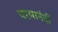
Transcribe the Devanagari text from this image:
परमानंदीं